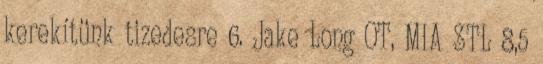
kerekítünk tizedesre 6. Jake Long OT, MIA STL 8,5